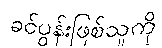
ခင်ပွန်းဖြစ်သူကို